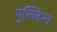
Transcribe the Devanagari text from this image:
पुल्लिन्ग